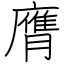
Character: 膺